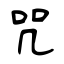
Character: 咒